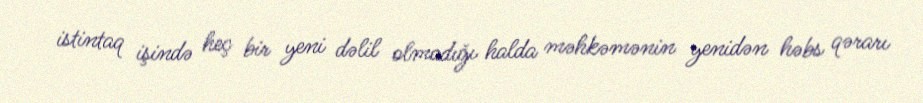
istintaq işində heç bir yeni dəlil olmadığı halda məhkəmənin yenidən həbs qərarı